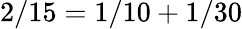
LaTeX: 2/15=1/10+1/30